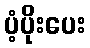
ပံ့ပိုးပေး